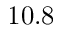
1 0 . 8